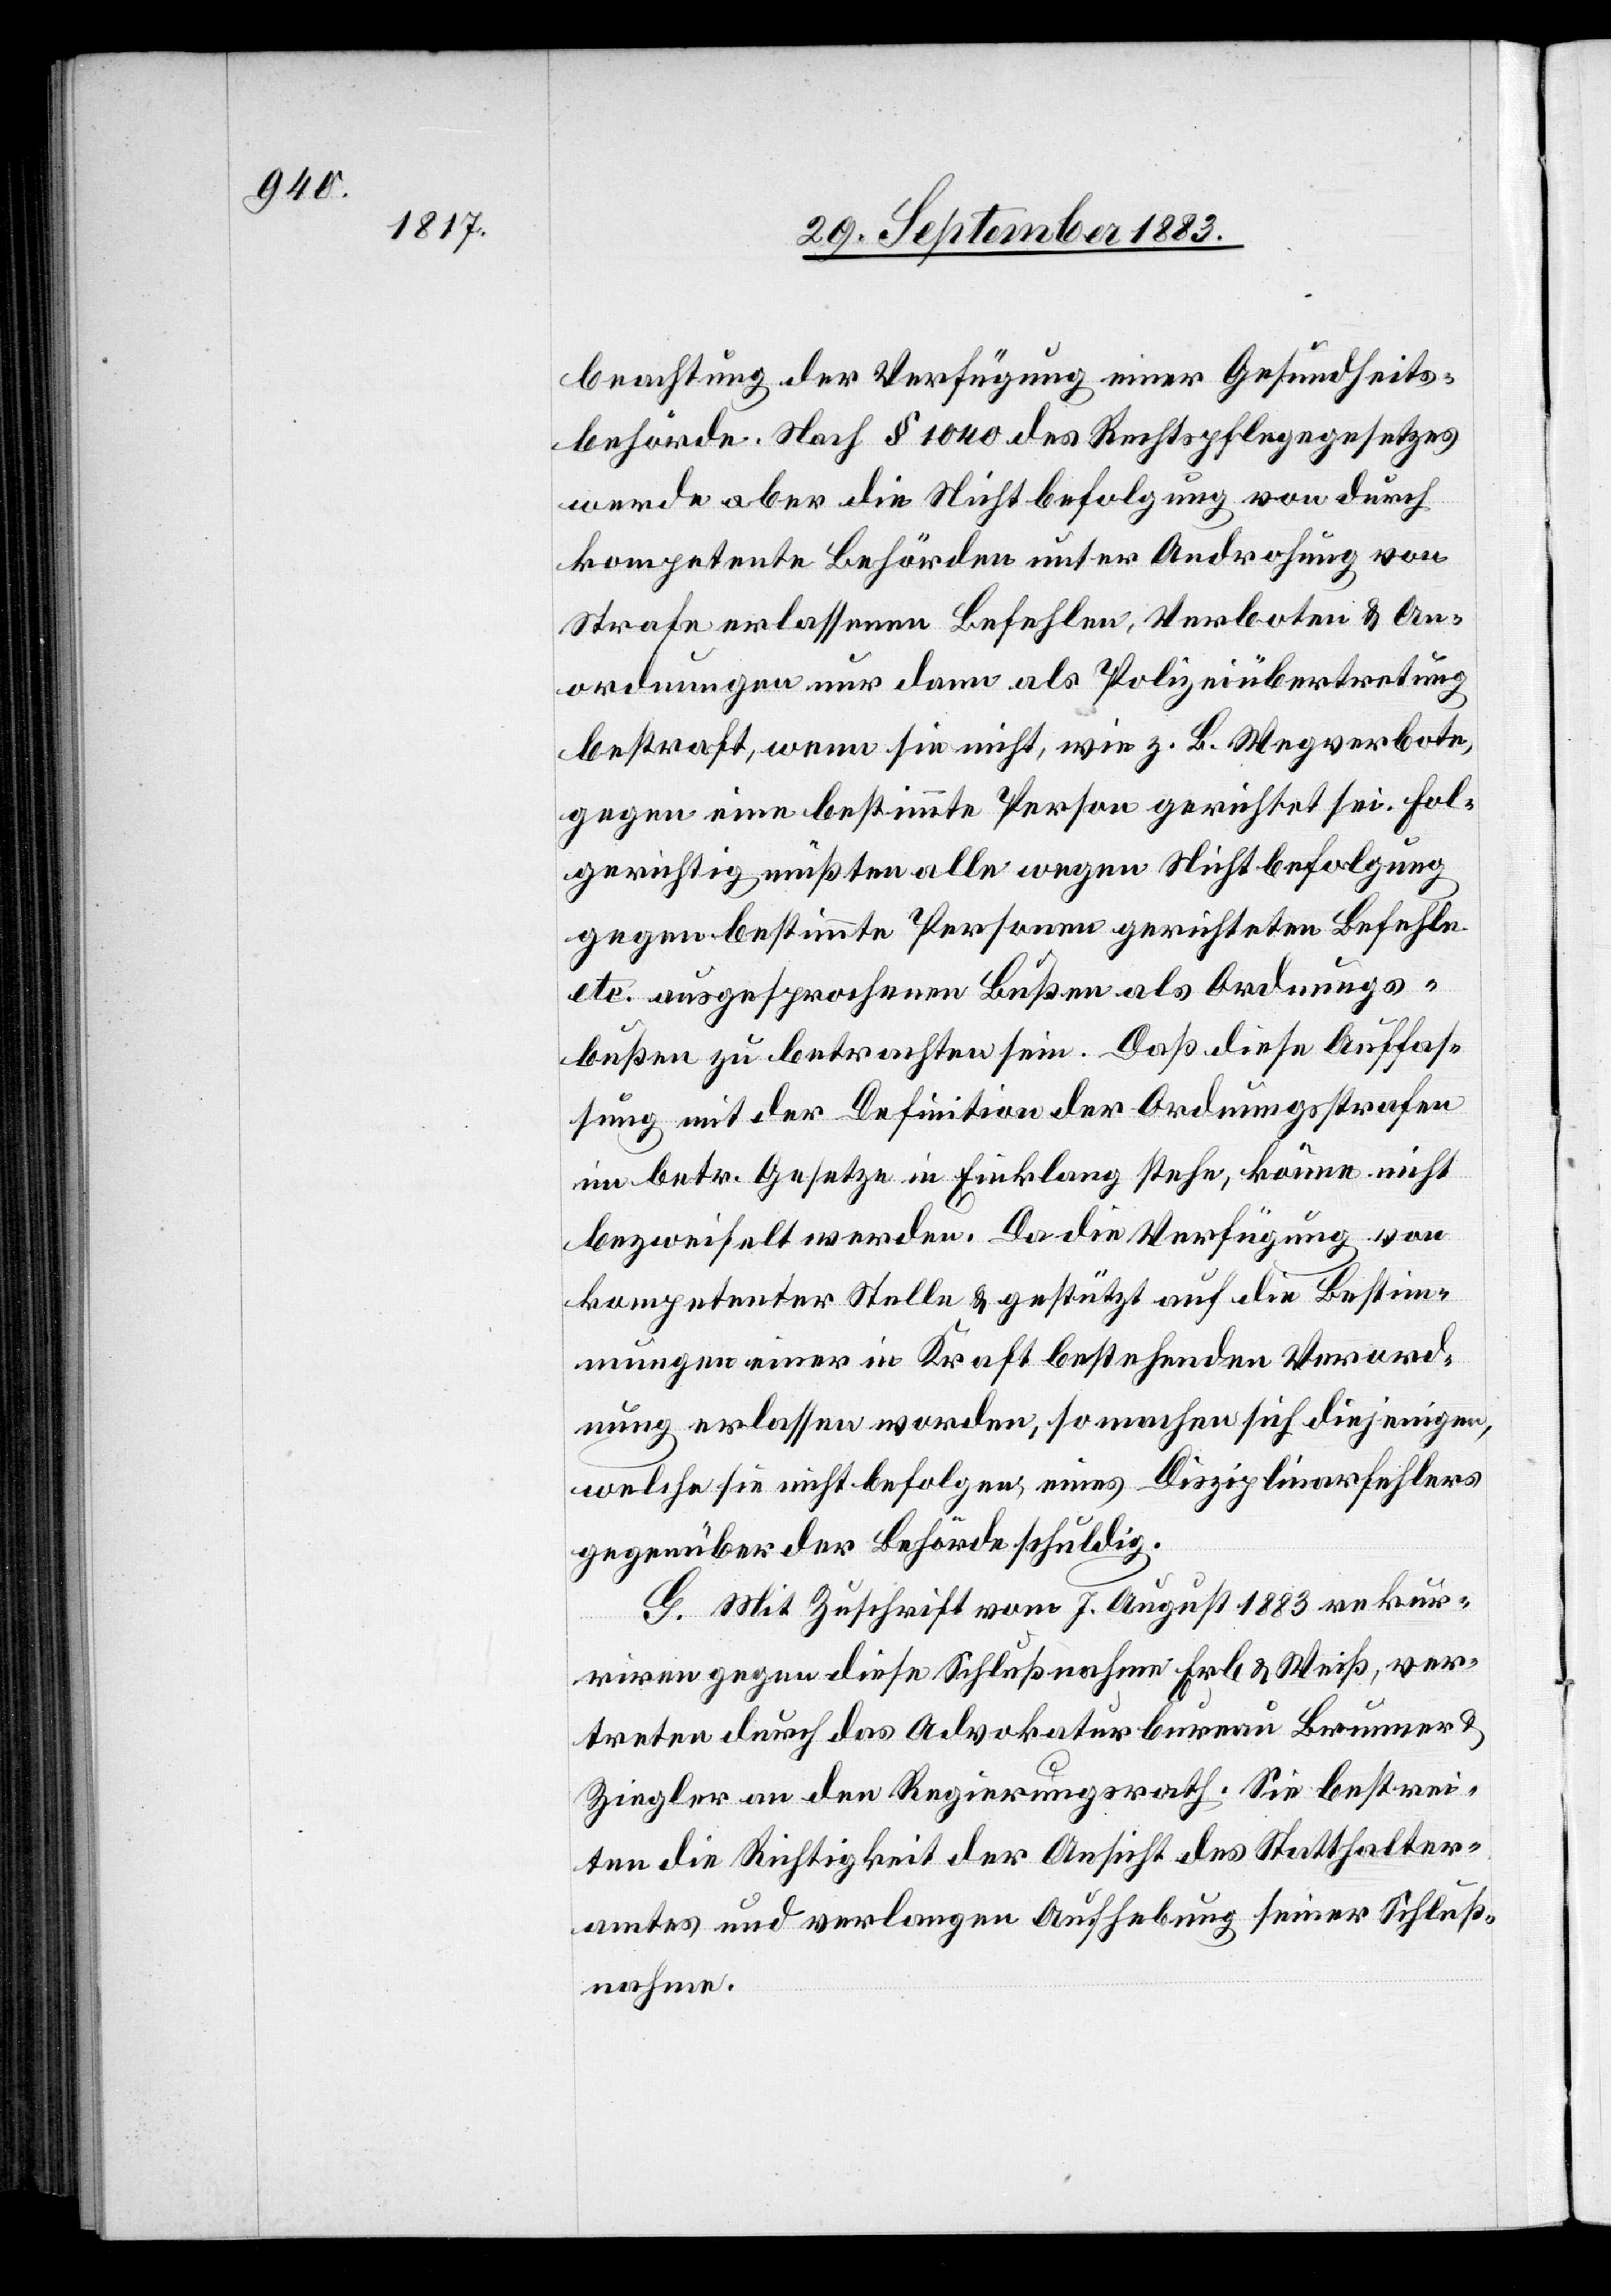
beachtung der Verfügung eines Gesundheits¬
behörde. Nach § 1040 des Rechtspflegegesetzes
werde aber eine Nichtbefolgung von durch
kompetente Behörden unter Androhung von
Strafe erlassenen Befehlen, Verboten & An¬
ordnungen nur dann als Polizeiübertretung
bestraft, wenn sie nicht, wie z. B. Wegverbote,
gegen eine bestimmte Person gerichtet sei. Fol¬
gerichtig müßten alle wegen Nichtbefolgung
gegen bestimmte Personen gerichteten Befehle
etc. ausgesprochenen Bußen als Ordnungs¬
bußen zu betrachten sein. Daß diese Auffas¬
sung mit der Definition der Ordnungsstrafe
im betr. Gesetze in Einklang stehe, könne nicht
bezweifelt werden. Da die Verfügung von
kompetenter Stelle & gestützt auf die Bestim¬
mungen einer in Kraft bestehenden Verord¬
nung erlassen worden, so machen sich diejenigen,
welche sie nicht befolgen, eines Disziplinarfehlers
gegenüber der Behörde schuldig.
G. Mit Zuschrift vom 7. August 1883 rekur¬
riren gegen diese Schlußnahme Erb & Weiß, ver¬
treten durch das Advokaturbureau Brunner &
Ziegler an den Regierungsrath. Sie bestrei¬
ten die Richtigkeit der Ansicht des Statthalter¬
amtes und verlangen Aufhebung seiner Schluß¬
nahme.